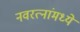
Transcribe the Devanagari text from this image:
नवरत्‍नांमध्ये